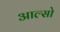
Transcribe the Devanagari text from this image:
आल्सो